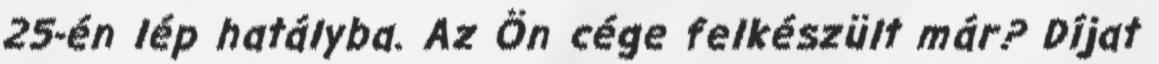
25-én lép hatályba. Az Ön cége felkészült már? Díjat